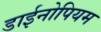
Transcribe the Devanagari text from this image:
डाईनोपियम